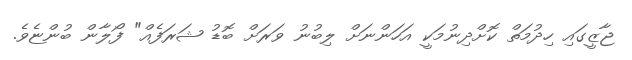
ޖާޒީގައި ހިދުމަތް ކޮށްދިނުމަކީ އަހަންނަށް ލިބުނު ވަރަށް ބޮޑު ޝަރަފެއް" ފޯލާން ބުންޏެވެ.